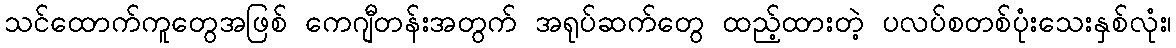
သင်ထောက်ကူတွေအဖြစ် ကေဂျီတန်းအတွက် အရုပ်ဆက်တွေ ထည့်ထားတဲ့ ပလပ်စတစ်ပုံးသေးနှစ်လုံး၊